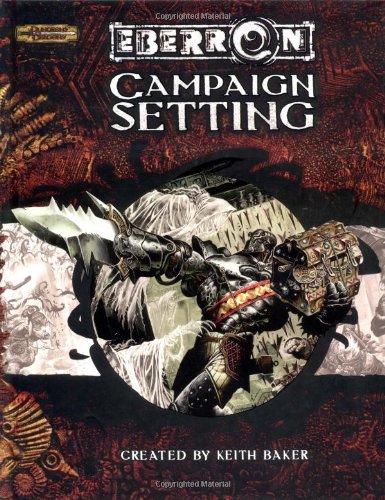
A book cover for Eberron Campaign Setting (Dungeons & Dragons d20 3.5 Fantasy Roleplaying); Keith Baker; Science Fiction & Fantasy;